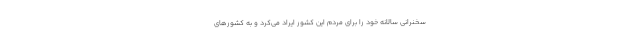
سخنرانی سالانه خود را برای مردم این کشور ایراد می‌کرد و به کشورهای